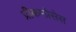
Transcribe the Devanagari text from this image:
प्रीकम्प्रेसेस